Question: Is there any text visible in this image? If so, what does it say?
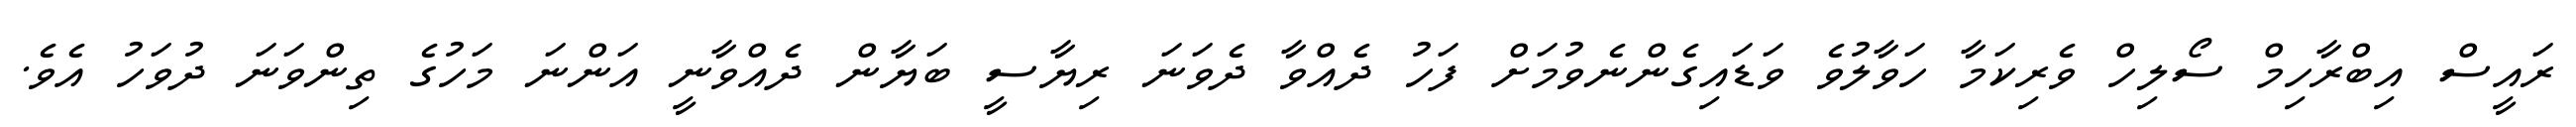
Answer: ރައީސް އިބްރާހިމް ސޯލިހް ވެރިކަމާ ހަވާލުވެ ވަޑައިގެންނެވުމަށް ފަހު ދެއްވާ ދެވަނަ ރިޔާސީ ބަޔާން ދެއްވާނީ އަންނަ މަހުގެ ތިންވަނަ ދުވަހު އެވެ.